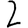
Digit: 2